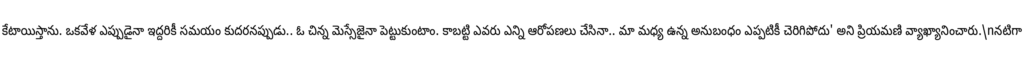
కేటాయిస్తాను. ఒకవేళ ఎప్పుడైనా ఇద్దరికీ సమయం కుదరనప్పుడు.. ఓ చిన్న మెస్సేజైనా పెట్టుకుంటాం. కాబట్టి ఎవరు ఎన్ని ఆరోపణలు చేసినా.. మా మధ్య ఉన్న అనుబంధం ఎప్పటికీ చెరిగిపోదు' అని ప్రియమణి వ్యాఖ్యానించారు.\nనటిగా